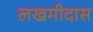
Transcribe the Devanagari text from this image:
लखमीदास